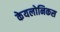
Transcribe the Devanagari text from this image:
केयलोनिकस